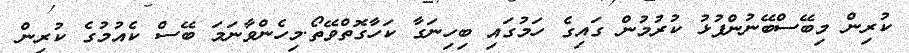
ކުރިން މިބޭސްބޭނުންފުޅު ކުރުމުން ގައިގެ ހަމުގައި ބިހިނަގާ ކަހާގޮތްވޭތޯ.މިހެންވާނަމަ ބޭސް ކެއުމުގެ ކުރިން